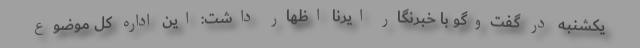
یکشنبه در گفت‌وگو با خبرنگار ایرنا اظهار داشت: این اداره کل موضوع